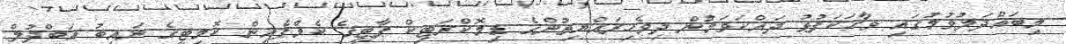
މިބައްދަލުވުމުގައި ވާހަކަފުޅު ދައްކަވަމުން ދިވެހިރައްޔިތުންގެ ޑިމޮކްރަޓިކް ޕާޓީގެ ކެމްޕެއިން ކޮމިޓީގެ ނައިބު އަބްދުލް